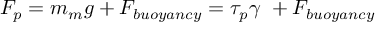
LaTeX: F _ { p } = m _ { m } g + F _ { b u o y a n c y } = \tau _ { p } \gamma \ + F _ { b u o y a n c y }